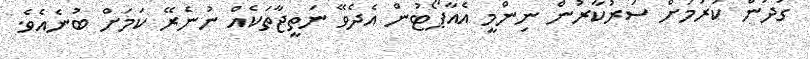
ގުދަން ކުރުމަށް ސަރުކާރުން ނިންމީ އެއާޕޯޓުން އެދެވޭ ނަތީޖާތަކެއް ނުނެރޭ ކަމަށް ބުނެއެވެ.